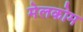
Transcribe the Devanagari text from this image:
मेलकोम